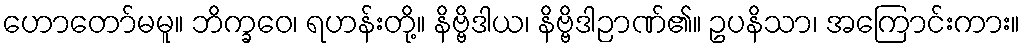
ဟောတော်မမူ။ ဘိက္ခဝေ၊ ရဟန်းတို့။ နိဗ္ဗိဒါယ၊ နိဗ္ဗိဒါဉာဏ်၏။ ဥပနိသာ၊ အကြောင်းကား။